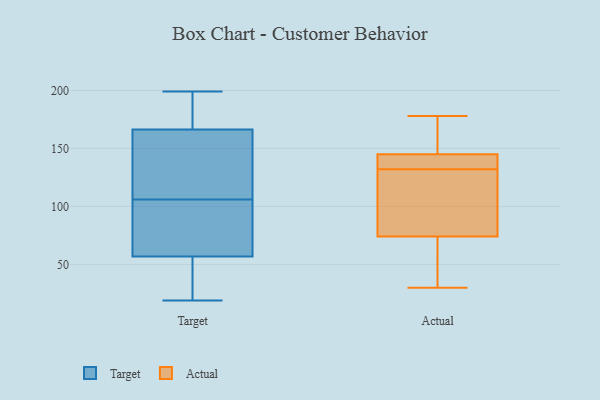
{"axis": {"x": "Satisfaction Score", "y": "Value"}, "legend": ["Actual", "Target"], "data": [{"x": "", "y": 199, "type": "Target"}, {"x": "", "y": 92, "type": "Target"}, {"x": "", "y": 39, "type": "Target"}, {"x": "", "y": 183, "type": "Target"}, {"x": "", "y": 185, "type": "Target"}, {"x": "", "y": 74, "type": "Target"}, {"x": "", "y": 51, "type": "Target"}, {"x": "", "y": 19, "type": "Target"}, {"x": "", "y": 116, "type": "Target"}, {"x": "", "y": 106, "type": "Target"}, {"x": "", "y": 116, "type": "Target"}, {"x": "", "y": 169, "type": "Actual"}, {"x": "", "y": 130, "type": "Actual"}, {"x": "", "y": 87, "type": "Actual"}, {"x": "", "y": 173, "type": "Actual"}, {"x": "", "y": 145, "type": "Actual"}, {"x": "", "y": 141, "type": "Actual"}, {"x": "", "y": 118, "type": "Actual"}, {"x": "", "y": 141, "type": "Actual"}, {"x": "", "y": 32, "type": "Actual"}, {"x": "", "y": 144, "type": "Actual"}, {"x": "", "y": 178, "type": "Actual"}, {"x": "", "y": 134, "type": "Actual"}, {"x": "", "y": 30, "type": "Actual"}, {"x": "", "y": 95, "type": "Actual"}, {"x": "", "y": 32, "type": "Actual"}, {"x": "", "y": 30, "type": "Actual"}, {"x": "", "y": 153, "type": "Actual"}, {"x": "", "y": 74, "type": "Actual"}]}